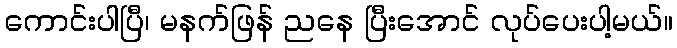
ကောင်းပါပြီ၊ မနက်ဖြန် ညနေ ပြီးအောင် လုပ်ပေးပါ့မယ်။